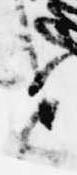
と